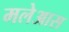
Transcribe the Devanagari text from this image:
मलेआस